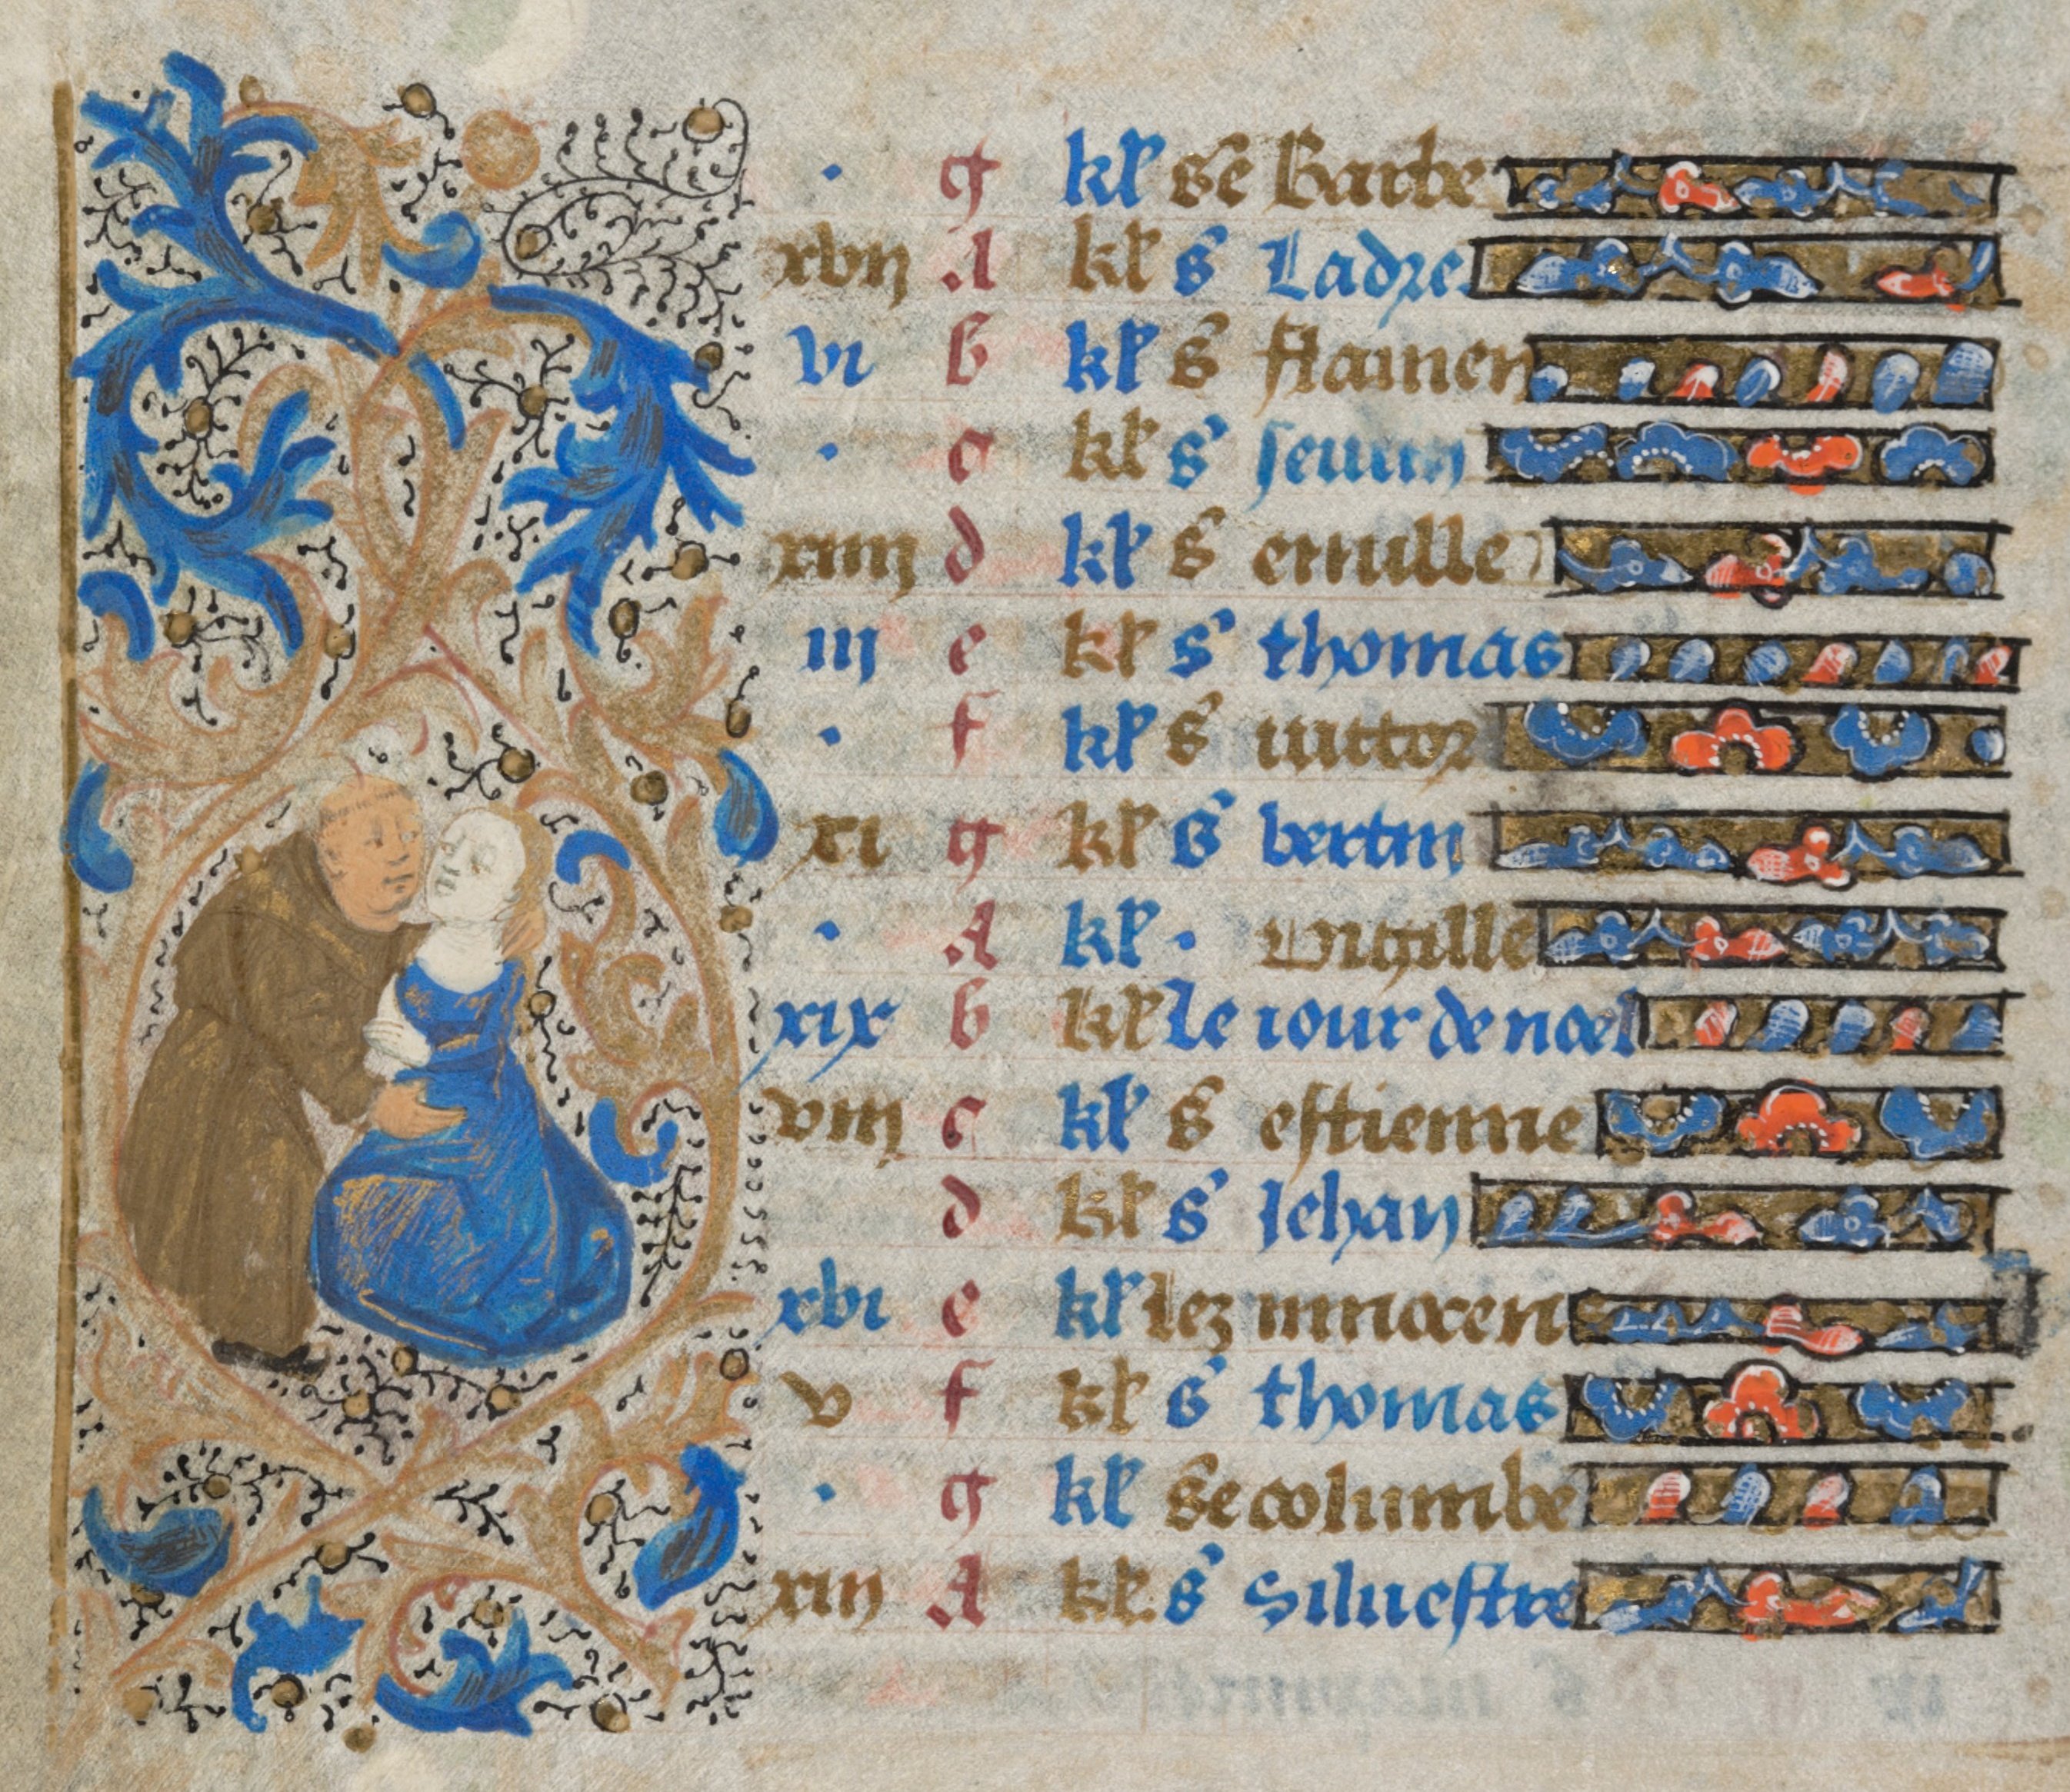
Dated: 1450–1474